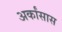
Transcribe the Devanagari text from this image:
अर्कांसास